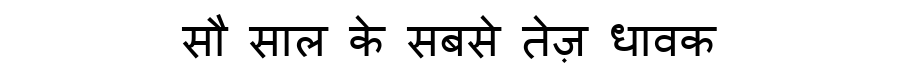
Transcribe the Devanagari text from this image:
सौ साल के सबसे तेज़ धावक